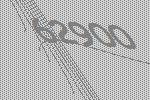
62900